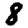
Digit: 8